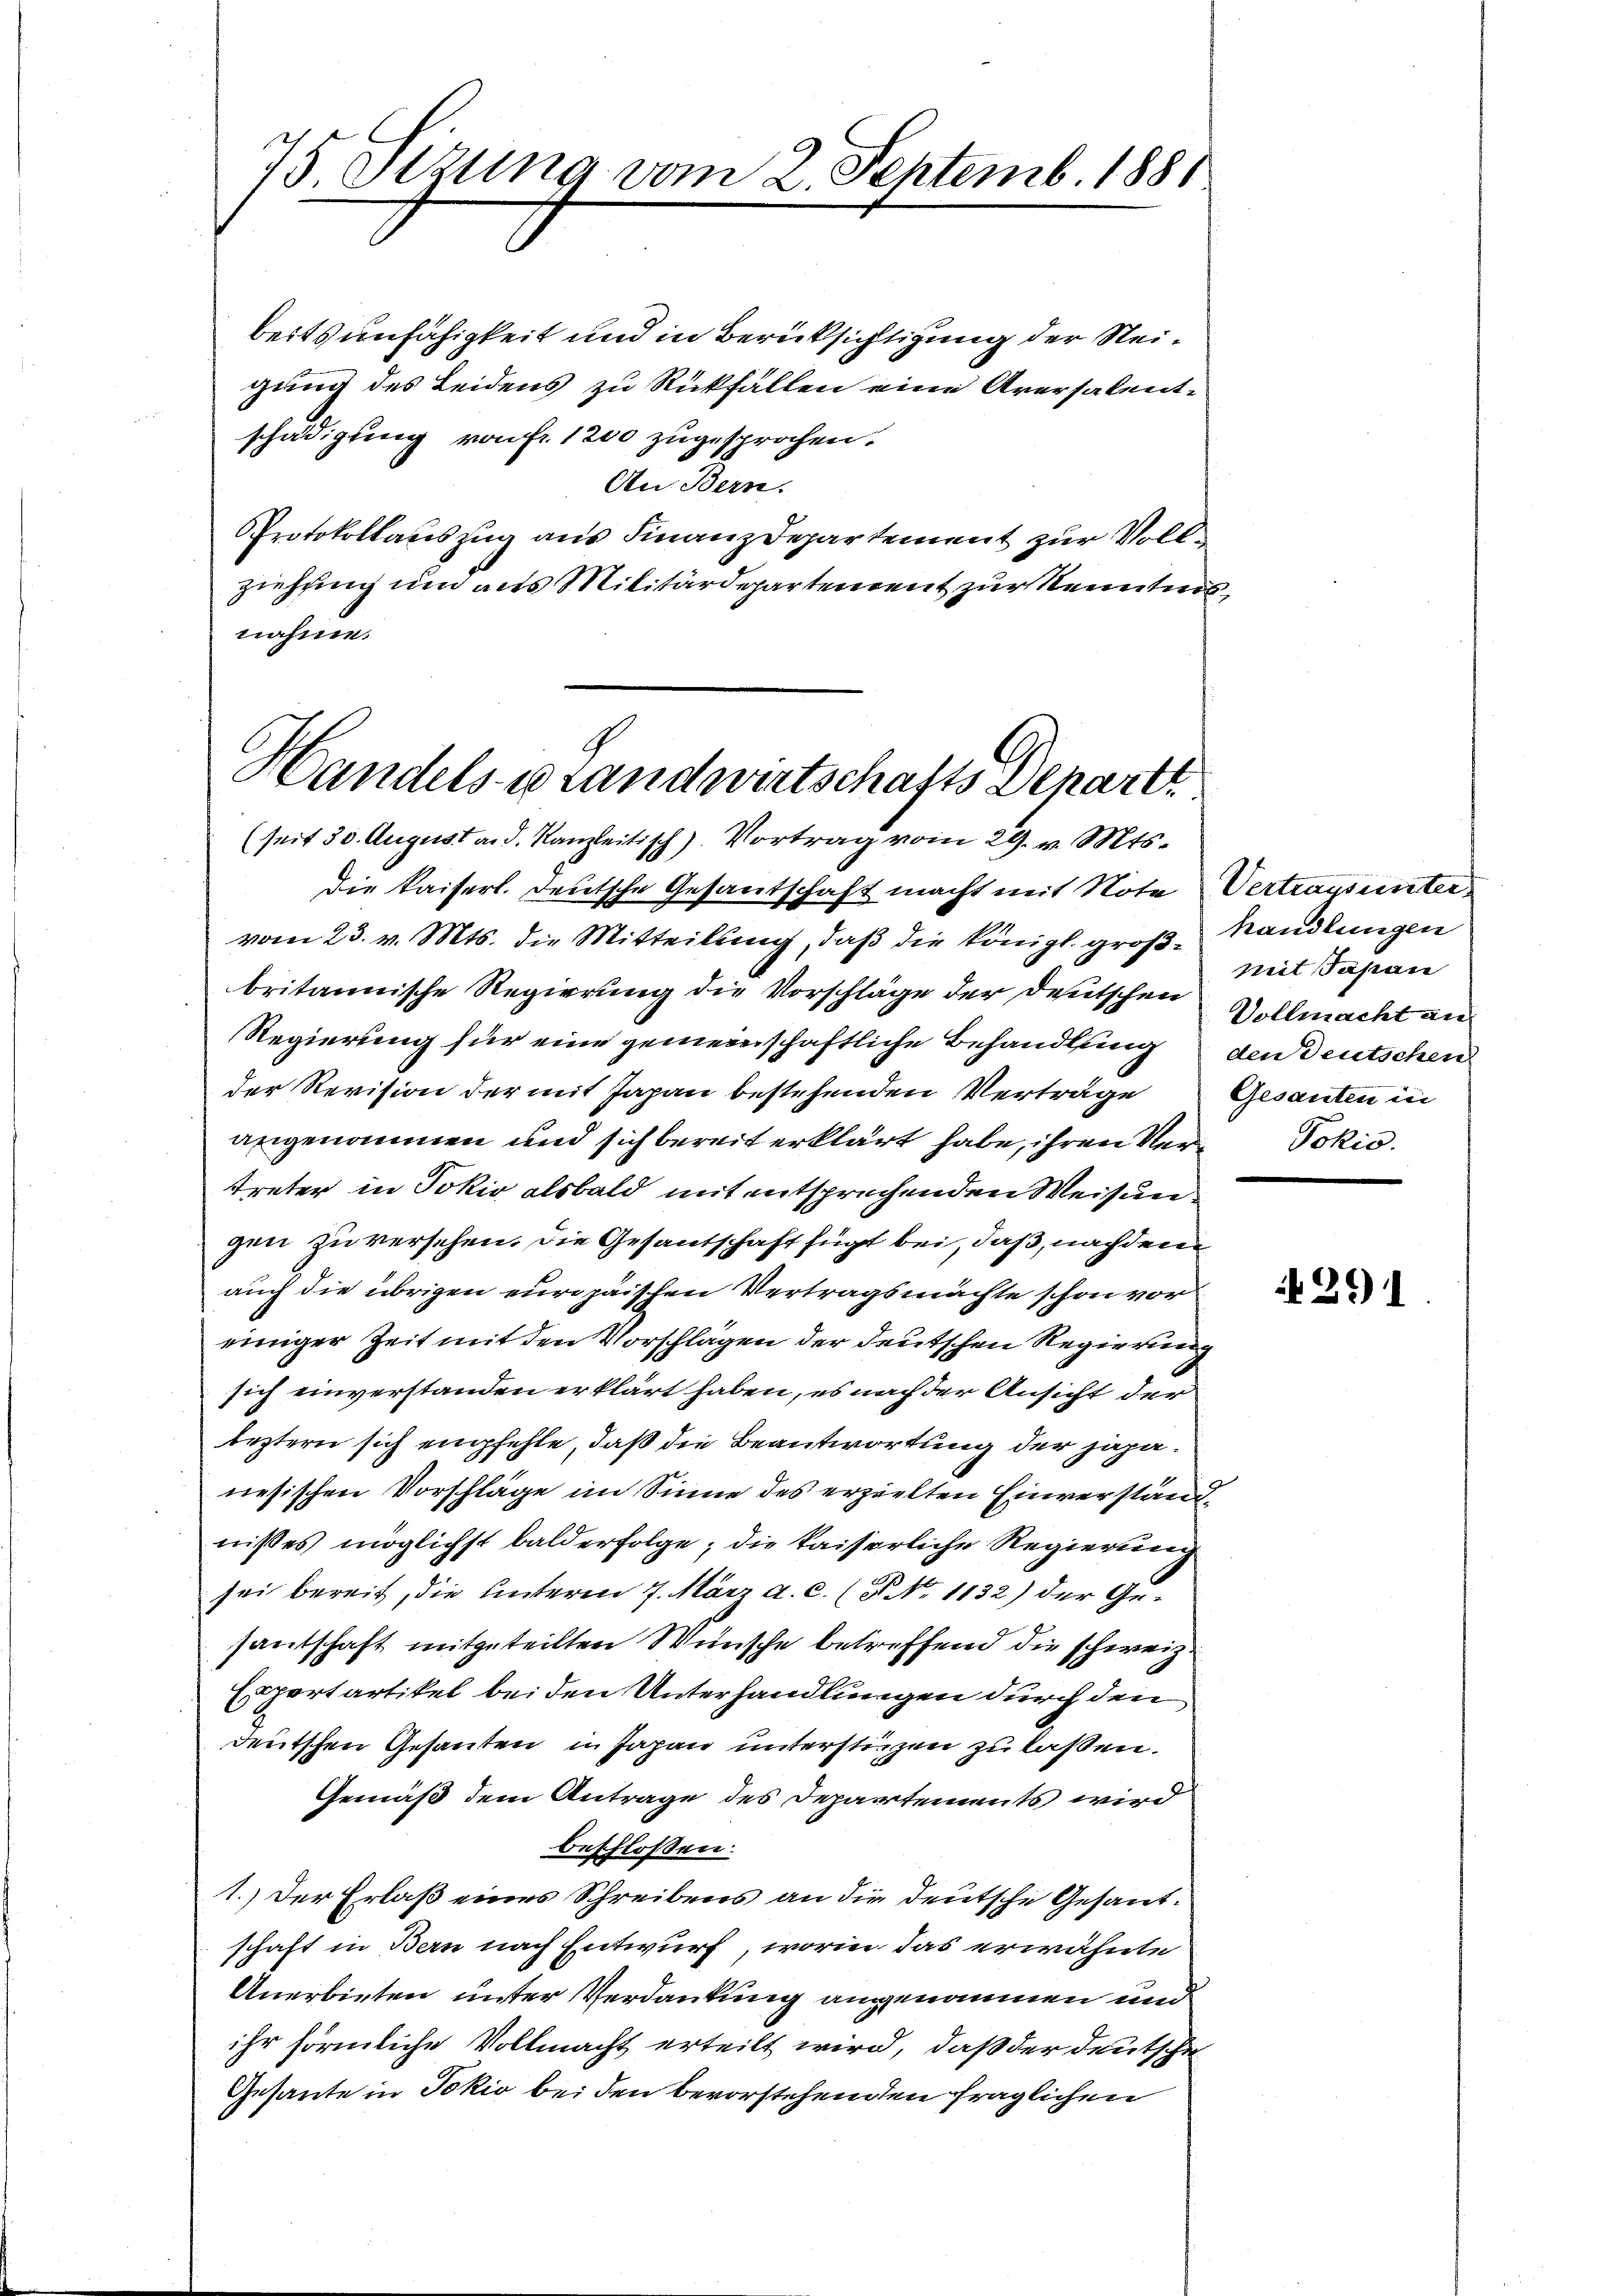
75 Stzung vom 2. Septemb. 1881

beitsunfähigkeit und in Berücksichtigung der Neigung des Leidens zu Rückfällen eine Aversalentschädigung von fr. 1200 zugesprochen.
An Bern.
PProtokollauszug aus Finanzdepartement zur Vollziehung um aus Militärdepartement zur Kenntnisnahme.

Handels- u Landwirtschafts Departi
(seit 30. August a. d. Kanzleitisch). Vortrag vom 29. v. Mts.

die kaiserl. Deutsche Gesandschaft macht mit Note Vertrags untervom 23. v. Mts. die Mitteilung, daß die königl. groß-Handlungen
britannische Regierung die Vorschläge der Deutschen
Regierung für eine gemeinschaftliche Behandlung den Deutschen
der Revision der mit Japan bestehenden Verträge
angenommen und sich bereit erklärt habe, ihren Neu
treter in Jokić alsbald mit entsprechenden Weisungen zu versehen. Die Gesantschaft fügt bei, daß, nachdem
auch die übrigen europäischen Vertragsmachte schon vor
einiger Zeit mit den Vorschlägen der deutschen Regierung
sich einverstanden erklärt haben, es nach der Ansicht der
leztern sich empfehle, daß die Beantwortung der japanesischen Vorschläge im Sinne des erzielten Einverständ
nißes möglichst bald erfolge, die kaiserliche Regierung
sei bereit, die Unterm 7. März a. c. (T. No. 1132) der Gesantschaft mitgeteilten Wünsche betreffend die schweiz.
Exportartikel bei den Unterhandlungen durch den
deutschen Gesanten in Japan unterstinzen zu laßen.
Gemäß dem Antrage des Departements wird
beschlossen:
1.) Der Erlaß eines Schreibens an die deutsche Gesandschaft in Bern nach Entwurf, worin das erwähnte
Anerbieten unter Verdankung angenommen und
ihr förmliche Vollmacht erteilt wird, daß der deutsche
Gesante in Jokio bei den bevorstehenden fraglichen

mit Papan
Vollmacht an
Gesanten in
Pokio.

291